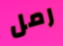
رمل